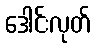
ဒေါင်းလုတ်